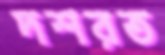
দশরত